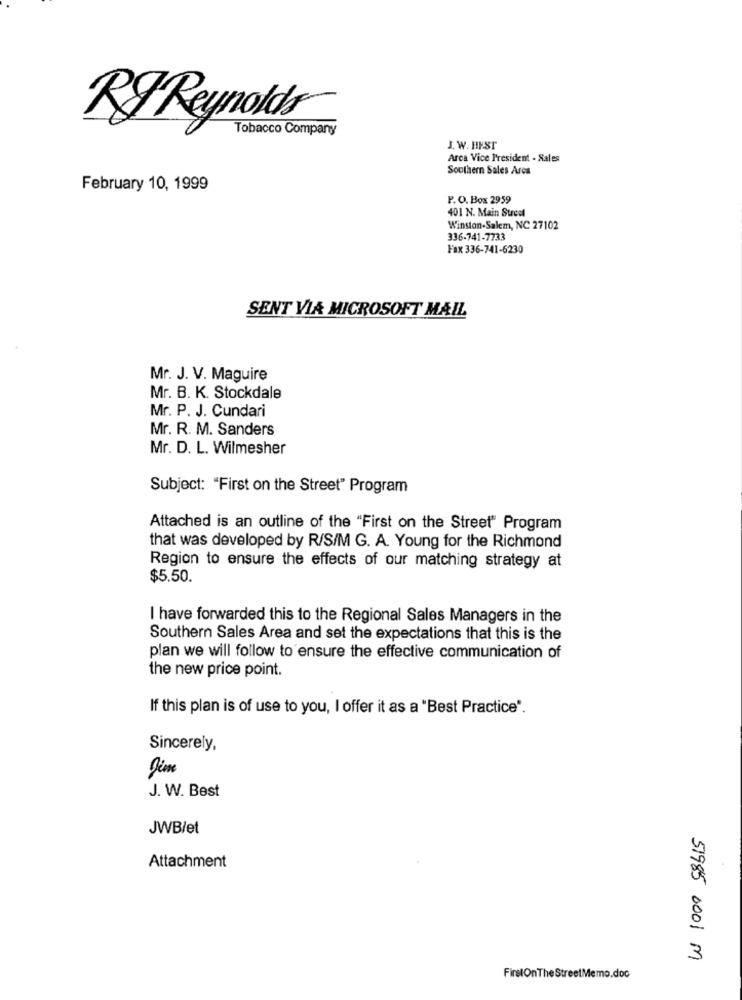
RJ Reynolds
Tobacco Company
J. W. HEST
Arca Vice President - Sales
Southern Sales Area
February 10, 1999
P. O. Box 2959
401 N. Main Street
Winston-Salem, NC 27102
336-741-7733
Fax 336-741-6230
SENT VIA MICROSOFT MAIL
Mr. J. V. Maguire
Mr. B. K. Stockdale
Mr. P. J. Cundari
Mr. R. M. Sanders
Mr. D. L. Wilmesher
Subject: "First on the Street" Program
Attached is an outline of the "First on the Street" Program
that was developed by R/S/M G. A. Young for the Richmond
Region to ensure the effects of our matching strategy at
$5.50.
I have forwarded this to the Regional Sales Managers in the
Southern Sales Area and set the expectations that this is the
plan we will follow to ensure the effective communication of
the new price point.
If this plan is of use to you, I offer it as a "Best Practice".
Sincerely,
J. W. Best
JWBlet
Attachment
51985 0001 m
FirstOnThe StreetMemo.doc